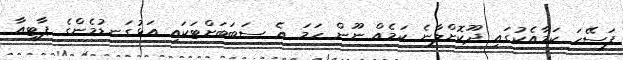
ފަސޭހަ ކަމާއެކުގައި ދޫކޮށްލާނެ ކަމެއް ނޫން ހަމަ އެ ސަބަބަށްޓަކައި އަޅުގަނޑުމެންގެ ޕާޓީއާ